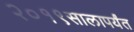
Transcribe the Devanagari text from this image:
२०१९सालापर्यंत